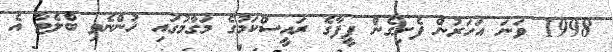
1998 ވަނަ އަހަރުން ފެށިގެން ފީފާގެ ރައީސްކަމުގެ މަގާމުގައި ހުންނެވި ބްލެޓާ އެ